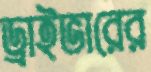
ড্রাইভারের